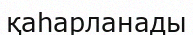
қаһарланады